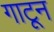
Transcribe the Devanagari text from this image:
गाटून